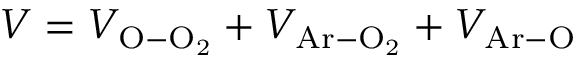
V = V _ { \mathrm { O - O _ { 2 } } } + V _ { \mathrm { A r - O _ { 2 } } } + V _ { \mathrm { A r - O } }